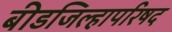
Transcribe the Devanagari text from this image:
बीडजिल्हापरिषद